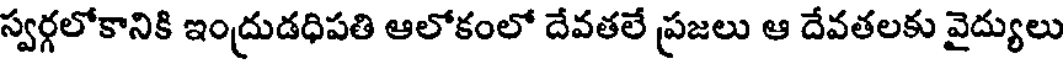
స్వర్గలోకానికి ఇంద్రుడధిపతి ఆలోకంలో దేవతలే ప్రజలు ఆ దేవతలకు వైద్యులు